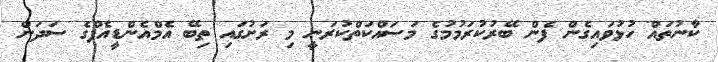
ކާނުތައް ހުޅުވައިގެން ފެން ބޭރުކުރަމުމުގެ މަސައްކަތްކުރަނީ މި ރަށުގައި ތިބޭ އެމްއެންޑީއެފްގެ ސަދަން